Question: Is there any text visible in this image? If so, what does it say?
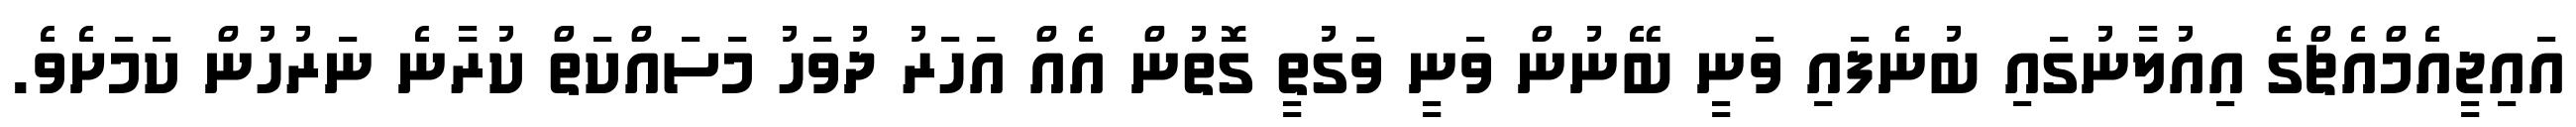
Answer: އައިޖީއެމްއެޗްގެ އިއުލާނުގައި ބުނެފައި ވަނީ ބޭނުން ވަނީ ވަގުތީ ގޮތުން އެއް އަހަރު ދުވަހު މަސައްކަތް ކުރާނެ ނަރުހުން ކަމަށެވެ.